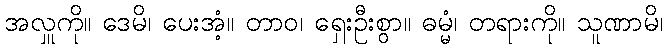
အလှူကို။ ဒေမိ၊ ပေးအံ့။ တာဝ၊ ရှေးဦးစွာ။ ဓမ္မံ၊ တရားကို။ သူဏာမိ၊